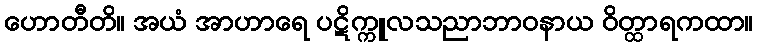
ဟောတီတိ။ အယံ အာဟာရေ ပဋိက္ကူလသညာဘာဝနာယ ဝိတ္ထာရကထာ။